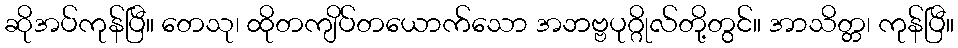
ဆိုအပ်ကုန်ပြီ။ တေသု၊ ထိုတကျိပ်တယောက်သော အဘဗ္ဗပုဂ္ဂိုလ်တို့တွင်။ အာသိတ္တ၊ ကုန်ပြီ။